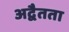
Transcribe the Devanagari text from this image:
अद्वैतता